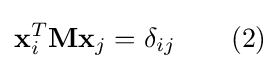
\mathbf {x} _{i}^{T}\mathbf {M} \mathbf {x} _{j}=\delta _{ij}\qquad (2)